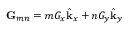
\mathbf { G } _ { m n } = m G _ { x } \hat { \mathbf { k } } _ { x } + n G _ { y } \hat { \mathbf { k } } _ { y }